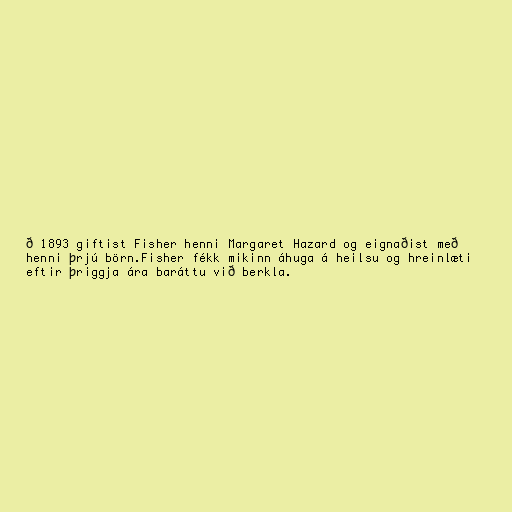
ð 1893 giftist Fisher henni Margaret Hazard og eignaðist með
henni þrjú börn.Fisher fékk mikinn áhuga á heilsu og hreinlæti
eftir þriggja ára baráttu við berkla.